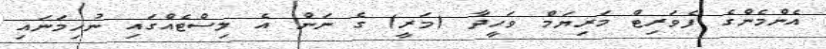
އެންމެންގެ ފެވަރިޓް މަރިޔަމް ވަހީދާ (މަރީ) ގެ ނަން އެ ލިސްޓެއްގައި ނުހިމަނައި